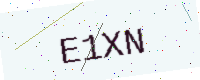
Text: E1XN